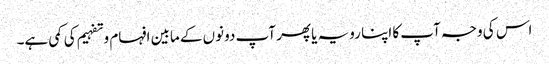
اس کی وجہ آپ کا اپنا رویہ یا پھر آپ دونوں کے مابین افہام و تفہیم کی کمی ہے۔